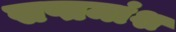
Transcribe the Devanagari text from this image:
सप्तमांश